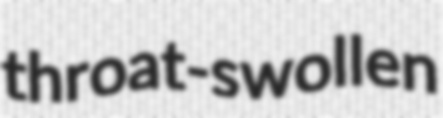
throat-swollen